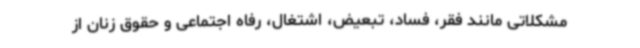
مشکلاتی مانند فقر، فساد، تبعیض، اشتغال، رفاه اجتماعی و حقوق زنان از